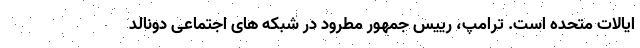
ایالات متحده است. ترامپ، رییس جمهور مطرود در شبکه های اجتماعی دونالد